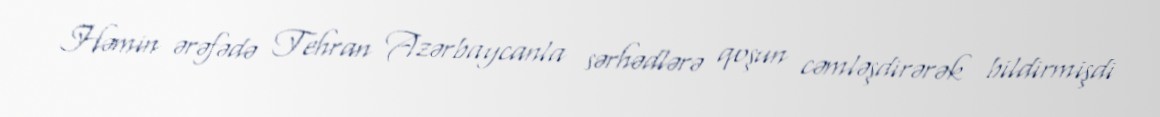
Həmin ərəfədə Tehran Azərbaycanla sərhədlərə qoşun cəmləşdirərək bildirmişdi